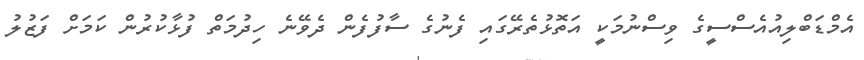
އެމްޑަބްލިއުއެސްސީގެ ވިސްނުމަކީ އަތޮޅުތެރޭގައި ފެނުގެ ސާފުފެން ދެވޭނެ ހިދުމަތް ފުޅާކުރުން ކަމަށް ފަޒުލު